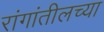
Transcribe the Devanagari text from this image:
रांगांतीलच्या